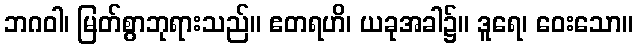
ဘဂဝါ၊ မြတ်စွာဘုရားသည်။ ဧတရဟိ၊ ယခုအခါ၌။ ဒူရေ၊ ဝေးသော။